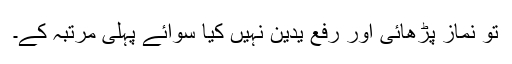
تو نماز پڑھائی اور رفع یدین نہیں کیا سوائے پہلی مرتبہ کے۔